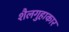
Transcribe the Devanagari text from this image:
शैलगुहाकार